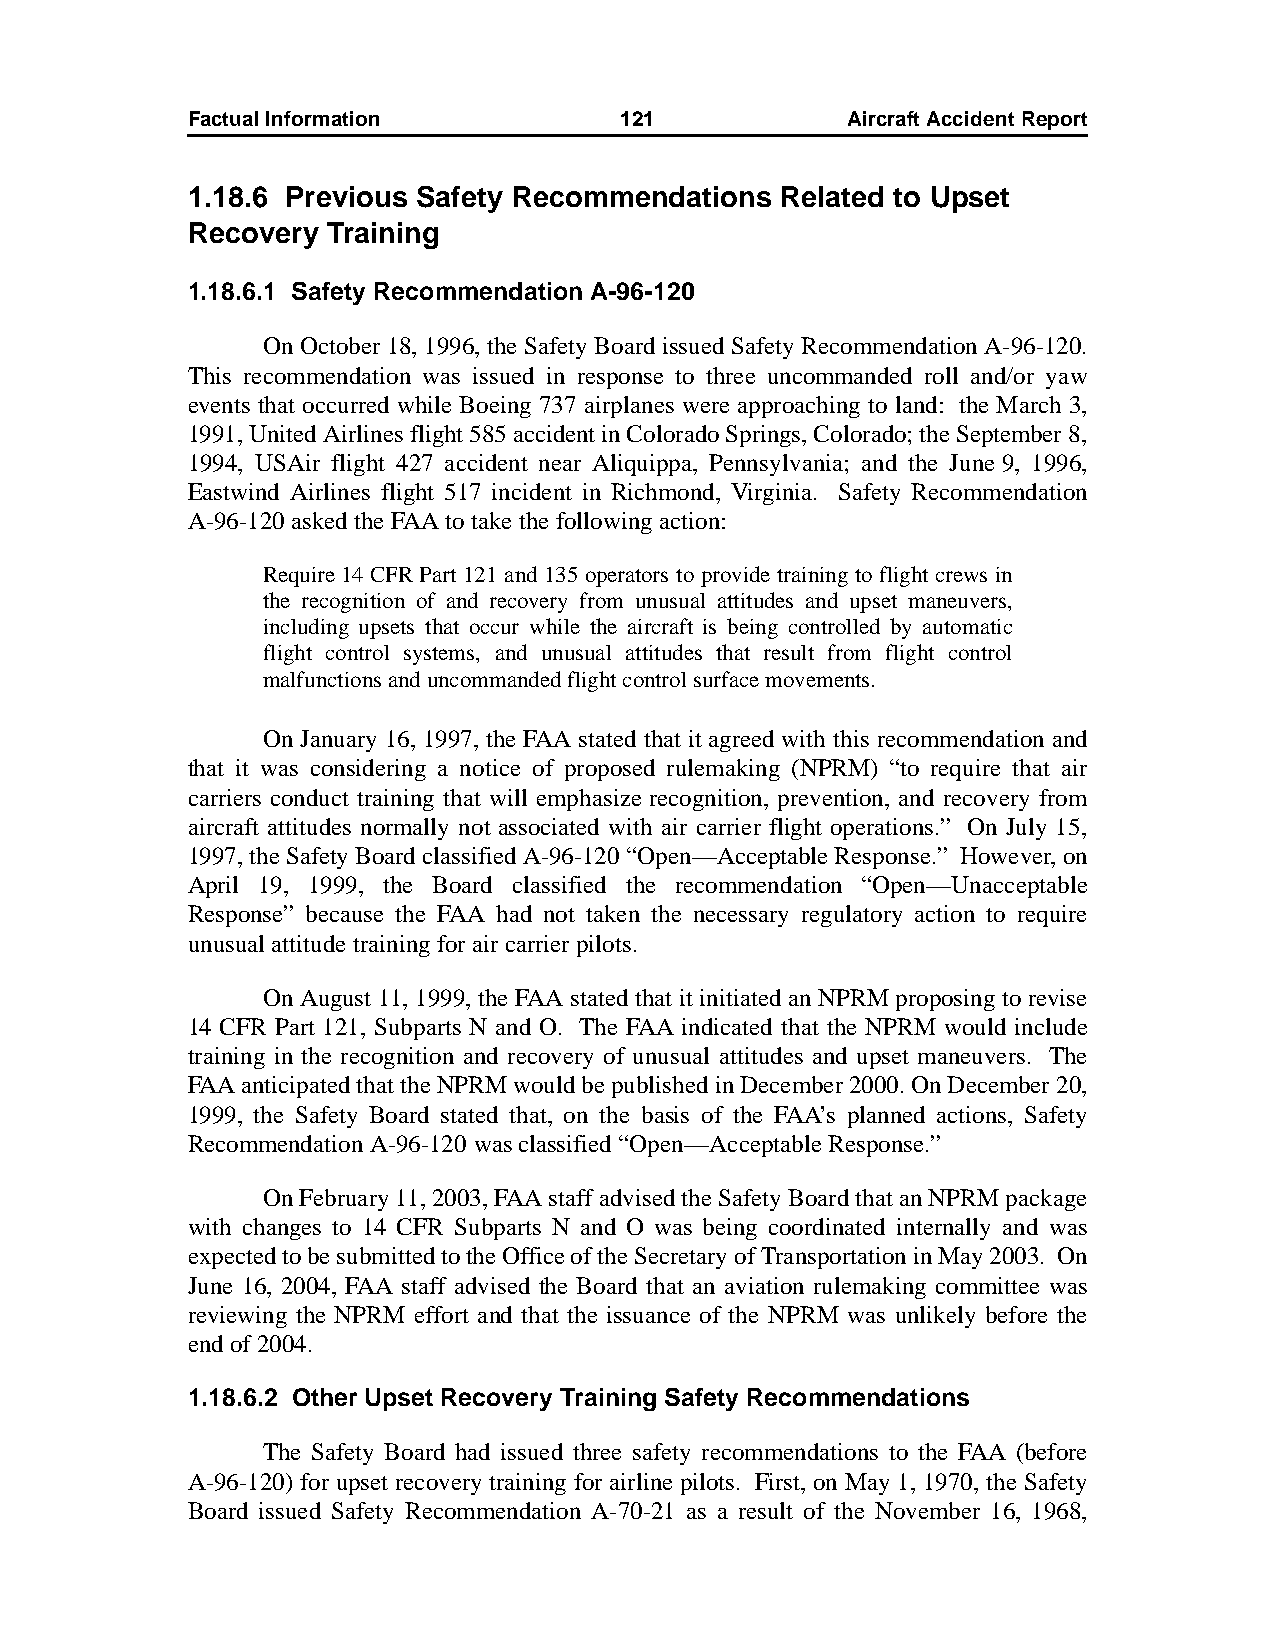
Factual Information          121            AircraftAccidentReport
 1.18.6 Previous Safety Recommendations  Related to Upset
 Recovery  Training
 1.18.6.1 Safety Recommendation A-96-120
 On October 18, 1996, the Safety Board issued Safety Recommendation A-96-120.
 This recommendation was issued in response to three uncommanded roll and/or yaw
 events that occurred while Boeing 737 airplanes were approaching to land: the March 3,
 1991, United Airlines flight 585 accident in Colorado Springs, Colorado; the September8,
 1994, USAir flight 427 accident near Aliquippa, Pennsylvania; and the June 9, 1996,
 Eastwind Airlines flight 517 incident in Richmond, Virginia. Safety Recommendation
 A-96-120 asked the FAA to take the following action:
 Require 14 CFR Part 121 and 135 operators to provide training to flight crews in
 the recognition of and recovery from unusual attitudes and upset maneuvers,
 including upsets that occur while the aircraft is being controlled by automatic
 flight control systems, and unusual attitudes that result from flight control
 malfunctions and uncommanded flight control surface movements.
 On January 16, 1997, the FAA stated that it agreed with this recommendation and
 that it was considering a notice of proposed rulemaking (NPRM) “to require that air
 carriers conduct training that will emphasize recognition, prevention, and recovery from
 aircraft attitudes normally not associated with air carrier flight operations.” On July 15,
 1997, the Safety Board classified A-96-120 “Open—Acceptable Response.” However, on
 April 19, 1999, the Board classified the recommendation “Open—Unacceptable
 Response” because the FAA had not taken the necessary regulatory action to require
 unusual attitude training for air carrier pilots.
 On August 11, 1999, the FAA stated that it initiated an NPRM proposing to revise
 14 CFR Part 121, Subparts N and O. The FAA indicated that the NPRM would include
 training in the recognition and recovery of unusual attitudes and upset maneuvers. The
 FAA anticipated that the NPRM would be published in December 2000. On December20,
 1999, the Safety Board stated that, on the basis of the FAA’s planned actions, Safety
 Recommendation A-96-120 was classified “Open—Acceptable Response.”
 On February 11, 2003, FAA staff advised the Safety Board that an NPRM package
 with changes to 14 CFR Subparts N and O was being coordinated internally and was
 expected to be submitted to the Office of the Secretary of Transportation in May 2003. On
 June 16, 2004, FAA staff advised the Board that an aviation rulemaking committee was
 reviewing the NPRM effort and that the issuance of the NPRM was unlikely before the
 end of 2004.
 1.18.6.2 Other Upset Recovery Training Safety Recommendations
 The Safety Board had issued three safety recommendations to the FAA (before
 A-96-120) for upset recovery training for airline pilots. First, on May 1, 1970, the Safety
 Board issued Safety Recommendation A-70-21 as a result of the November 16, 1968,